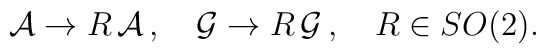
{\cal A} \rightarrow R \,{\cal A}\,, \quad{\cal G}\rightarrow R\,{\cal G}\,,\quad R\in SO(2).